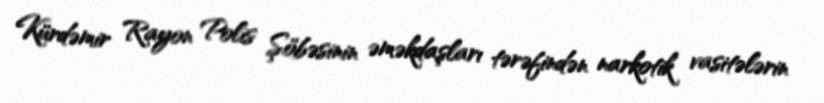
Kürdəmir Rayon Polis Şöbəsinin əməkdaşları tərəfindən narkotik vasitələrin